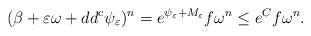
LaTeX: \begin{align*}(\beta + \varepsilon \omega + dd^c \psi_\varepsilon)^n=e^{\psi_\varepsilon + M_\varepsilon} f \omega^n\leq e^{C} f \omega^n.\end{align*}